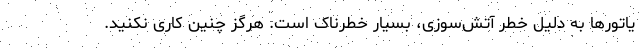
یاتورها به دلیل خطر آتش‌سوزی، بسیار خطرناک است. هرگز چنین کاری نکنید.